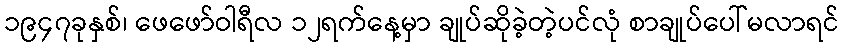
၁၉၄၇ခုနှစ်၊ ဖေဖော်ဝါရီလ ၁၂ရက်နေ့မှာ ချုပ်ဆိုခဲ့တဲ့ပင်လုံ စာချုပ်ပေါ်မလာရင်